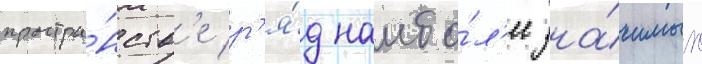
простра́нств'е р'я́д наибо́л'ее зна́чимых